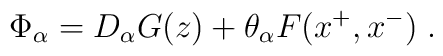
\Phi_\alpha = D_\alpha G (z)  + \theta_\alpha F(x^+, x^-)\;.